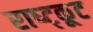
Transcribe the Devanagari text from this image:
राष्ट्कूट